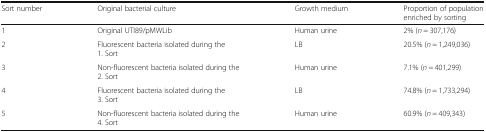
<table><thead><tr><td><b>Sort number</b></td><td><b>Original bacterial culture</b></td><td><b>Growth medium</b></td><td><b>Proportion of population enriched by sorting</b></td></tr></thead><tbody><tr><td>1</td><td>Original UTI89/pMWLib</td><td>Human urine</td><td>2% (<i>n</i> = 307,176)</td></tr><tr><td>2</td><td>Fluorescent bacteria isolated during the 1. Sort</td><td>LB</td><td>20.5% (<i>n</i> = 1,249,036)</td></tr><tr><td>3</td><td>Non-fluorescent bacteria isolated during the 2. Sort</td><td>Human urine</td><td>7.1% (<i>n</i> = 401,299)</td></tr><tr><td>4</td><td>Fluorescent bacteria isolated during the 3. Sort</td><td>LB</td><td>74.8% (<i>n</i> = 1,733,294)</td></tr><tr><td>5</td><td>Non-fluorescent bacteria isolated during the 4. Sort</td><td>Human urine</td><td>60.9% (<i>n</i> = 409,343)</td></tr></tbody></table>